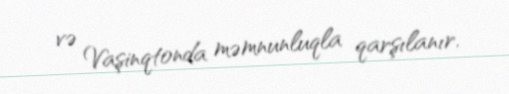
və Vaşinqtonda məmnunluqla qarşılanır.